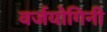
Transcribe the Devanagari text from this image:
वर्जयोगिनी